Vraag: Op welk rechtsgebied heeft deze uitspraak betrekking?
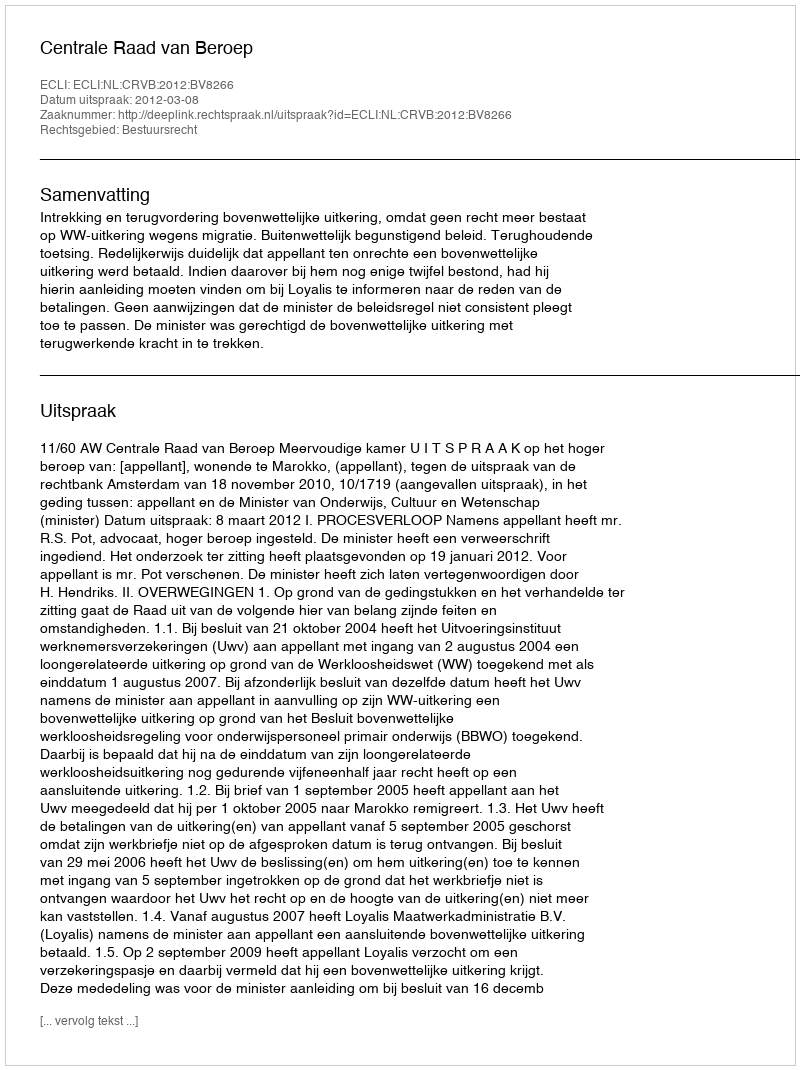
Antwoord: Bestuursrecht